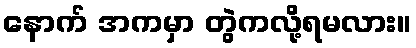
နောက် အကမှာ တွဲကလို့ရမလား။